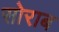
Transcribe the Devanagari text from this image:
सोराब